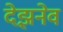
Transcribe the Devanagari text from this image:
देझ़नेव